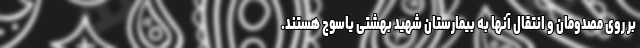
بر روی مصدومان و انتقال آنها به بیمارستان شهید بهشتی یاسوج هستند.